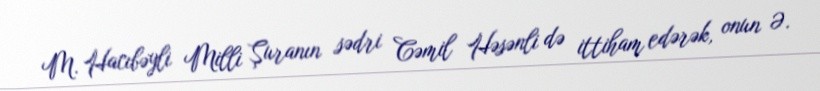
M. Hacıbəyli Milli Şuranın sədri Cəmil Həsənli də ittiham edərək, onun Ə.